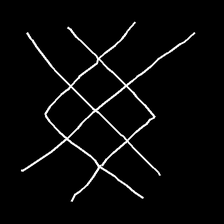
Glyph: crystal